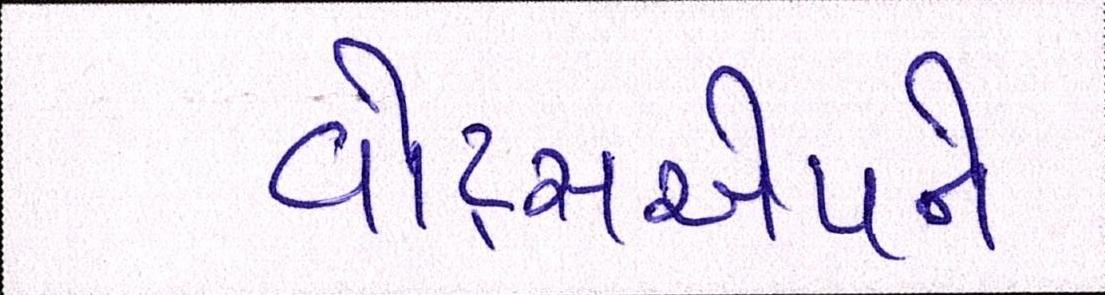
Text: વૉટ્સએપને